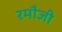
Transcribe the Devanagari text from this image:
रमौजी